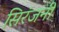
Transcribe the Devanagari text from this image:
सिरंजनी